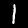
Label: 1